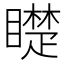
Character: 𱳋